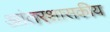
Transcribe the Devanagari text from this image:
आंतरशासकीय